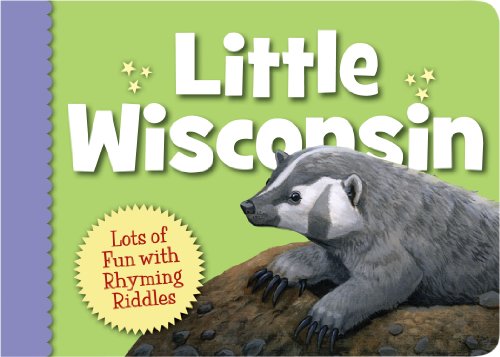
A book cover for Little Wisconsin (Little State); Kathy-jo Wargin; Children's Books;